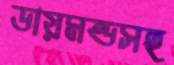
ডায়মন্ডসহ